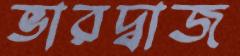
ভারদ্বাজ